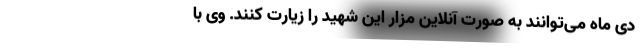
دی ماه می‌توانند به صورت ‌آنلاین مزار این شهید را زیارت کنند. وی با